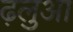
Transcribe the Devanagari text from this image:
ढ़लुआ